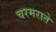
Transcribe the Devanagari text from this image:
चरमराते